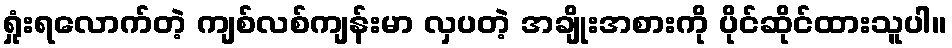
ရှုံးရလောက်တဲ့ ကျစ်လစ်ကျန်းမာ လှပတဲ့ အချိုးအစားကို ပိုင်ဆိုင်ထားသူပါ။